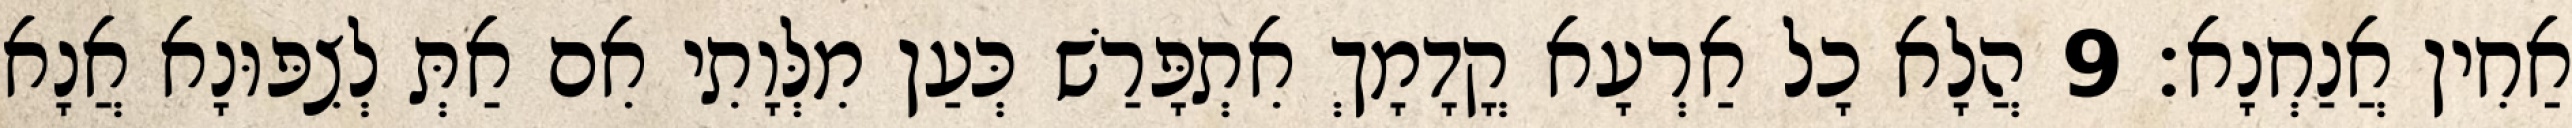
אַחִין אֲנַחְנָא׃ 9 הֲלָא כָל אַרְעָא קֳדָמָךְ אִתְפָּרַשׁ כְּעַן מִלְּוָתִי אִם אַתְּ לְצִפּוּנָא אֲנָא